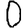
Digit: 0